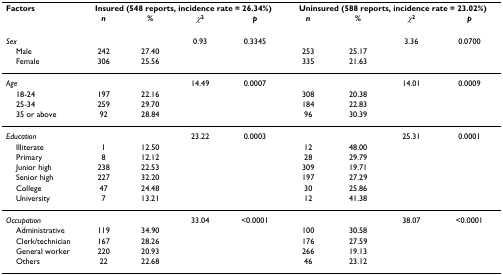
| Factors | <COLSPAN=4> Insured (548 reports, incidence rate = 26.34%) | <COLSPAN=4> Uninsured (588 reports, incidence rate = 23.02%) |
 |  | n | % | χ2 | p | n | % | χ2 | p |
 | --- | --- | --- | --- | --- | --- | --- | --- | --- |
 | Sex |  |  | 0.93 | 0.3345 |  |  | 3.36 | 0.0700 |
 | Male | 242 | 27.40 |  |  | 253 | 25.17 |  |  |
 | Female | 306 | 25.56 |  |  | 335 | 21.63 |  |  |
 | Age |  |  | 14.49 | 0.0007 |  |  | 14.01 | 0.0009 |
 | 18-24 | 197 | 22.16 |  |  | 308 | 20.38 |  |  |
 | 25-34 | 259 | 29.70 |  |  | 184 | 22.83 |  |  |
 | 35 or above | 92 | 28.84 |  |  | 96 | 30.39 |  |  |
 | Education |  |  | 23.22 | 0.0003 |  |  | 25.31 | 0.0001 |
 | Illiterate | 1 | 12.50 |  |  | 12 | 48.00 |  |  |
 | Primary | 8 | 12.12 |  |  | 28 | 29.79 |  |  |
 | Junior high | 238 | 22.53 |  |  | 309 | 19.71 |  |  |
 | Senior high | 227 | 32.20 |  |  | 197 | 27.29 |  |  |
 | College | 47 | 24.48 |  |  | 30 | 25.86 |  |  |
 | University | 7 | 13.21 |  |  | 12 | 41.38 |  |  |
 | Occupation |  |  | 33.04 | <0.0001 |  |  | 38.07 | <0.0001 |
 | Administrative | 119 | 34.90 |  |  | 100 | 30.58 |  |  |
 | Clerk/technician | 167 | 28.26 |  |  | 176 | 27.59 |  |  |
 | General worker | 220 | 20.93 |  |  | 266 | 19.13 |  |  |
 | Others | 22 | 22.68 |  |  | 46 | 23.12 |  |  |